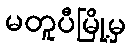
မတူပီမြို့မှ